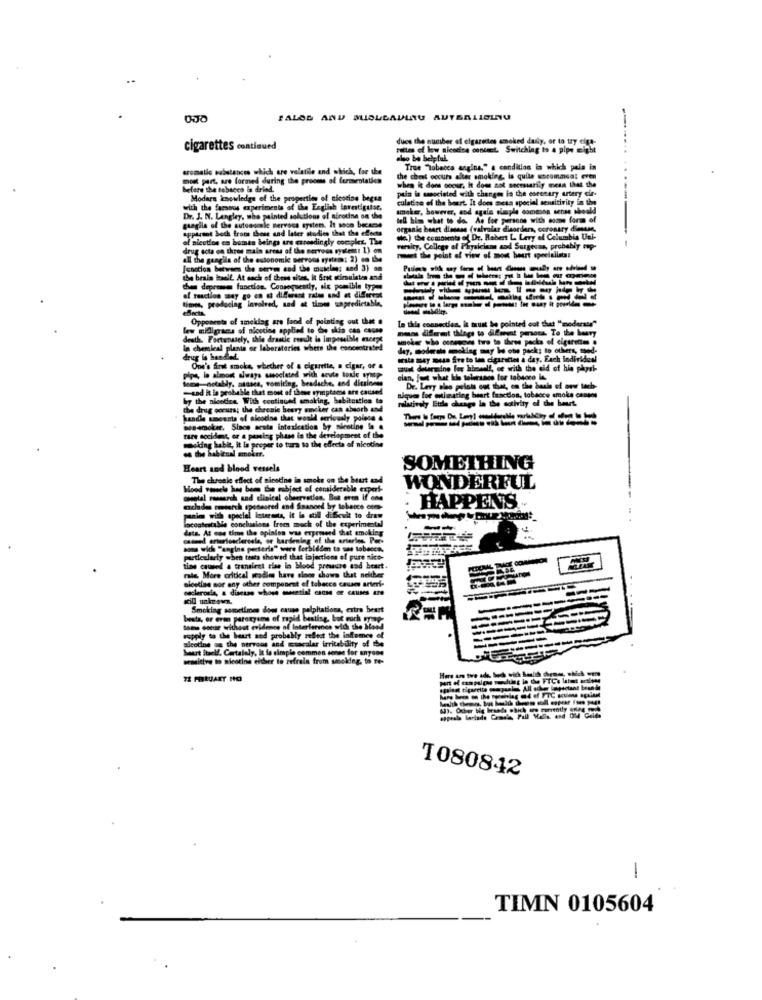
.-
dues the number of cigarettes smoked dasly, or to try cine-
cigarettes continued
pattes of lew nicotine contact. Switching to a pipe might
also be helpful.
aromatic substances which are volatile and which, for the
"True "Tobacco angine," a condition in which pain in
most part, are formed during the process of fermentation
the chest occurs alter smoking, la quile chrommsa: even
before the tobacco in drind.
when it dons soeur, It does not necessarily mean that the
pain in manociated with changes in the coronary artery cir-
Modara knowledge of the properties of nicotine begsa
culatse of the beurt. It does mesa special sensitivity in the
with the faesons experiments of the English investigator,
smoker, however, and agale alaple common sense should
Dr. J. N. Langley, who painted solutions of afrodine on the
tell him what to do. As for persons with come form of
gaagila of the autoogcale nervous system. It soon became
appirant both trots those and later studies that the effects
organie heart disease (valvular dlaorders, coronary dimare,
ol aicution en human beings tre errosdingly complez. The
die) the comounts of Dr. Robert L. Levy of Columbia Uni-
drug acta on three main areas of the nervous system: 1) on
varsity, College of Physicians aod Surgesus, probably op.
all the gangila of the estonomie servons system: 2) do the
mut the point of view of most beurt speelallstar
[contion between the oerven and the muscles and 3) om
the brain itself. At each of these sites, It first simuisten and
-------------
of reaction may go en at different rates and at different
chen depromen function. Consequently, six pomible type
times, producing Involved, and at times unpredictable,
--------- 2
effects
Opponents of smoking ars food of pointing out thet .
In this connecties, it must be pointed out that "moderate"
lew midigraca of nicotine applied to de skia can cause
mens different things to diferent persons. To the heavy
death. Fortunately, thie drastic code is impossible eucept
smoke who osneuge two to three packs of cigarettes .
In chemical planta or laboratories where the concentrated
day, moderate smoking may be one pack; to others, med-
drug is handled.
site may muss fre to len cigaretter a day, Each individual
One's first smoke, whether of a cigarette, a cigar, of a
must determine for himself, se with the aid of his physi-
tome notably, aanses, vomiting, headache. and ditsiness
pips, in almost always mesclated with acute tonde symp
clan, Just what Iths tolerance for tabsoro in.
-sad it la probable that most of these symptoms are caused
Dr. Levy ale polott out that, on the basis of new tech-
by the nicetira With continued emaking, babitostica to
relatively Etele change la the activity of the heart.
niques for estimating heart fraction, tobacco smoke cannes
the drug cours; the chronle beary amcker can absorb and
handle amounts of nicotine that would seriously polese 4
------
Dessmoker. Since acute intoxication by nicotine lo .
rare socident, or a peming phase in the derciopment of the
mocking habit, it la proper to tura to the effects of nicotine
en the habitual smoker.
Heart and blood vessels
SOMETHING
The chronie effect of nicotine in smoke on the heut and
Hood somele has been the wabject of considerable expert-
WONDERFUL
mental research and clinical observaties. But even if one
· HAPPENS
melades emdurch sponsored and financed by tobecce eces-
incontestable conclusions from much of the experimental
union with special interests, it is still difewit to draw
data. At one time the opinion was expressed that smoking
casund arteriosclerosis, or hardening of the arterles, Per-
some wich "angine perteria" weare forbidden to mas tobacco.
particularly when tests showed that injections of pure nico-
tine caused a transient ciae in blood pressure and beart.
aleeting nor any other component of tobacco causes arteri-
rale. More critical stadles have sinoe shows that neither
esclerosis, a disease whose musetial cause OF Causes Are
Smoking sometimes does cause palpitations, extra heart
besta, or even paroxysme of rapid besting, but much group
Some oseu without evidence of Interference with the Slowd
vapply to the heart and probably reflect the inflames of
nicotine on the nervous and csacaler irritability of
buurt Itself. Cartalaly, It is simple common sense for anyone
pasitive to nicotine either to refrain from smoking. to re-
Hors an tre ads, buch wich Salih chens, which vene
Hers an tve ad.
---
I080842
1
TIMN 0105604